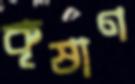
কৃষাণ